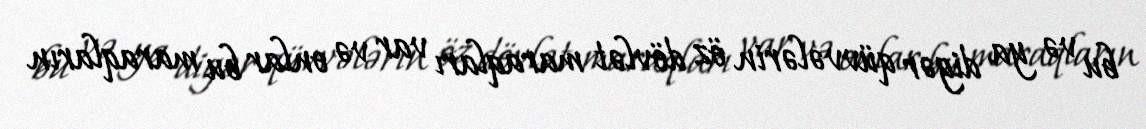
bu və ya digər qüvvələrin öz dövlət maraqları var və onlar bu maraqların